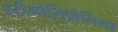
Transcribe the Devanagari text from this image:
स्टीगोसिफ़ेलिया